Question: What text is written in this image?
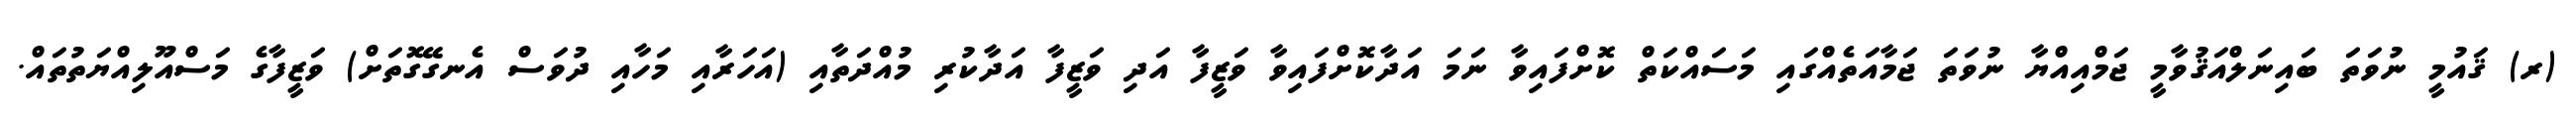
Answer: (ރ) ޤައުމީ ނުވަތަ ބައިނަލްއަޤުވާމީ ޖަމްއިއްޔާ ނުވަތަ ޖަމާއަތެއްގައި މަސައްކަތް ކޮށްފައިވާ ނަމަ އަދާކޮށްފައިވާ ވަޒީފާ އަދި ވަޒީފާ އަދާކުރި މުއްދަތާއި (އަހަރާއި މަހާއި ދުވަސް އެނގޭގޮތަށް) ވަޒީފާގެ މަސްއޫލިއްޔަތުތައް.